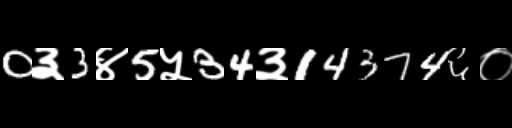
Text: 0३3४5५34३14374६०